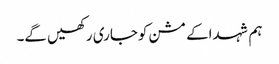
ہم شہداکے مشن کوجاری رکھیں گے۔